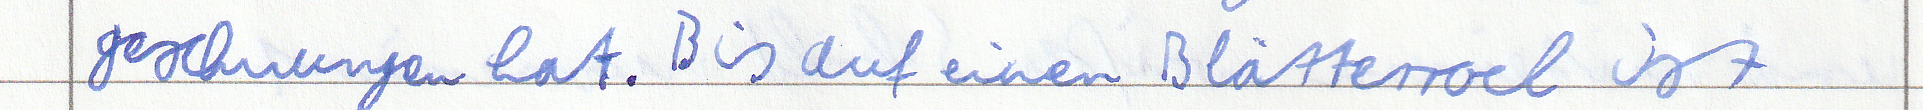
geschwungen hat. Bis auf einen Blätterrock ist